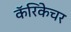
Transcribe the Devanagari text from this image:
कॅरिकेचर